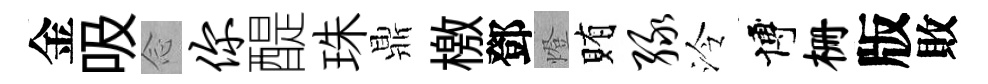
金吸𫝹你醍珠鼎檄鄧燈賄绿泠博栅版敗